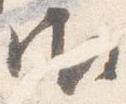
御